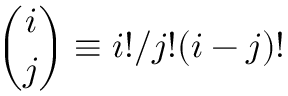
{ \binom { i } { j } } \equiv i ! / j ! ( i - j ) !